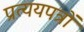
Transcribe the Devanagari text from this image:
प्रत्ययपत्रों